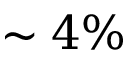
\sim 4 \%